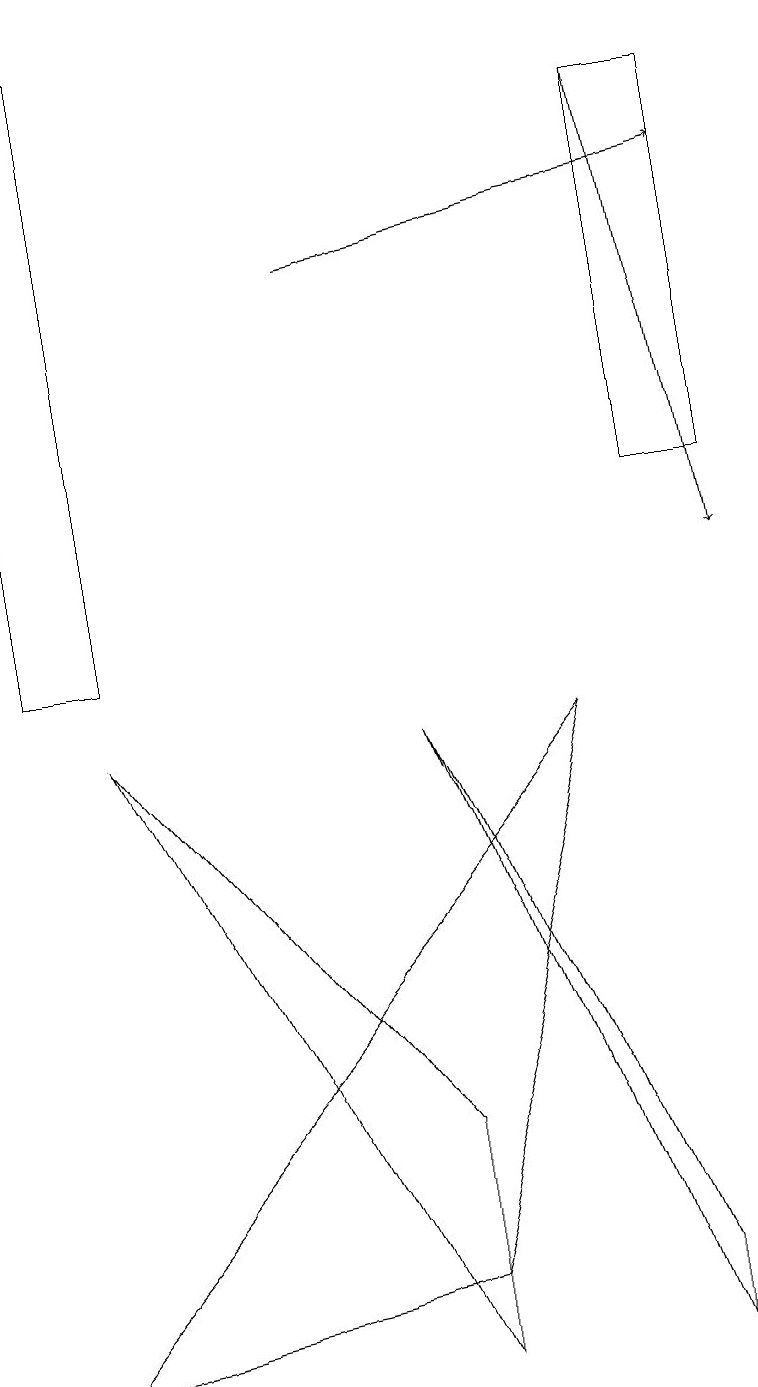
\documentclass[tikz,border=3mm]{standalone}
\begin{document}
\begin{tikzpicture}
\draw[->] (8,17) -- (9,11);
\draw (5,4) -- (5,1) -- (1,9) -- cycle;
\draw (8,12) rectangle (9,17);
\draw[->] (4,15) -- (9,16);
\draw (0,10) rectangle (1,18);
\draw (5,9) -- (8,2) -- (8,1) -- cycle;
\draw (0,1) -- (5,2) -- (7,9) -- cycle;
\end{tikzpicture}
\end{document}